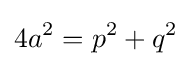
\displaystyle 4a^{2}=p^{2}+q^{2}